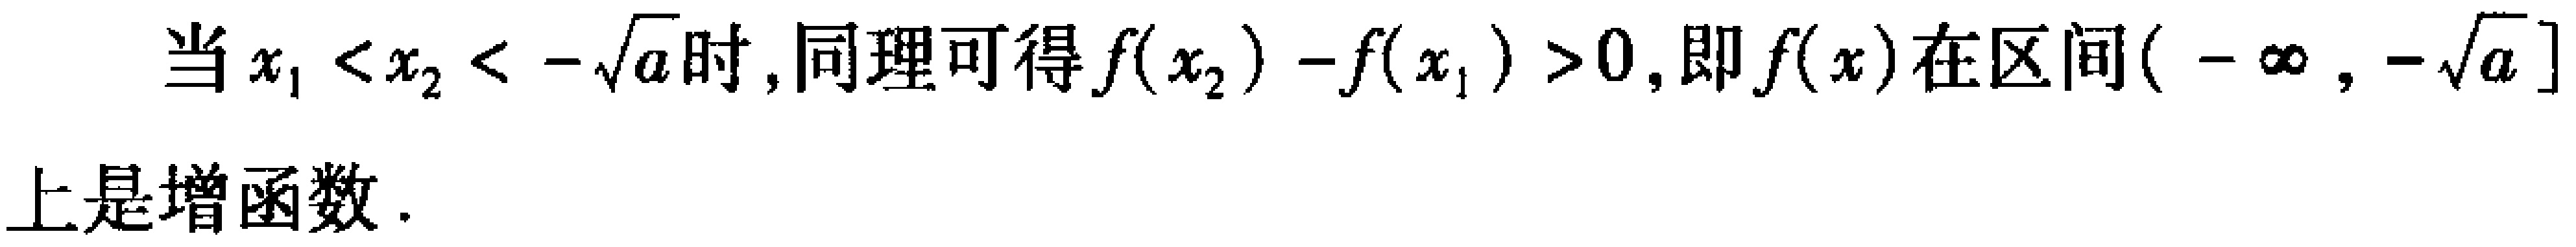
当\(x_{1} < x_{2} < -\sqrt{a}\)时, 同理可得\(f(x_{2}) - f(x_{1}) > 0\), 即\(f(x)\)在区间\((-\infty, -\sqrt{a}]\)上是增函数.